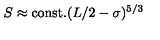
S \approx \mathrm { c o n s t . } ( L / 2 - \sigma ) ^ { 5 / 3 }